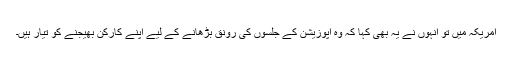
امریکہ میں تو انہوں نے یہ بھی کہا کہ وہ اپوزیشن کے جلسوں کی رونق بڑھانے کے لیے اپنے کارکن بھیجنے کو تیار ہیں۔